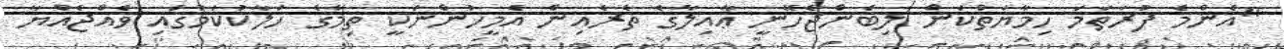
"އެންމެ ފުރަތަމަ ހިމާޔަތްކަން ލިބެންޖެހޭނީ ޢާއިލާގެ ތެރެއިން އެމީހުންނަކީ ތިމާގެ ހަލާކުކަމުގައި ވެއްޖެއްޔާ